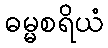
ဓမ္မစရိယံ